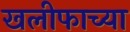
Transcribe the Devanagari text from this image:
खलीफाच्या